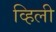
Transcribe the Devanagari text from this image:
व्हिली